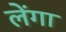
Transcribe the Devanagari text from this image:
लेंगा